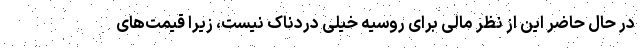
در حال حاضر این از نظر مالی برای روسیه خیلی دردناک نیست، زیرا قیمت‌های